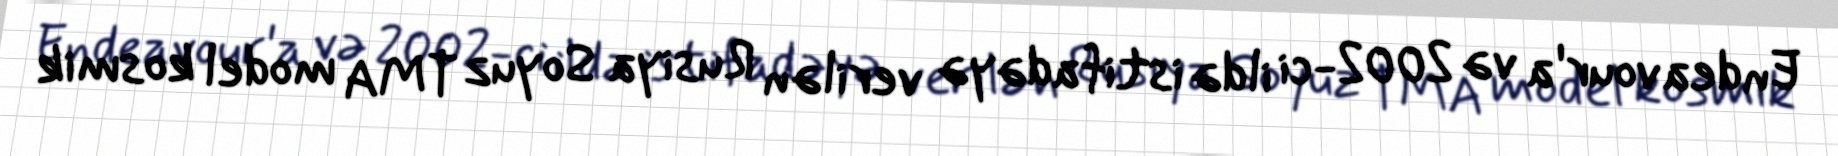
Endeavour'a və 2002-ci ildə istifadəyə verilən Rusiya Soyuz TMA model kosmik